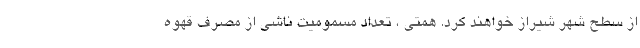
از سطح شهر شیراز خواهند کرد. همتی ، تعداد مسمومیت ناشی از مصرف قهوه